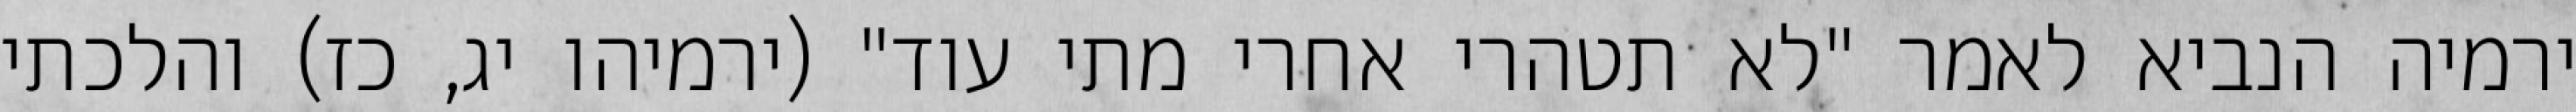
ירמיה הנביא לאמר "לא תטהרי אחרי מתי עוד" (ירמיהו יג, כז) והלכתי